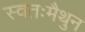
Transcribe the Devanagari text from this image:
स्वतःमैथुन